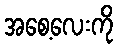
အစေ့လေးကို